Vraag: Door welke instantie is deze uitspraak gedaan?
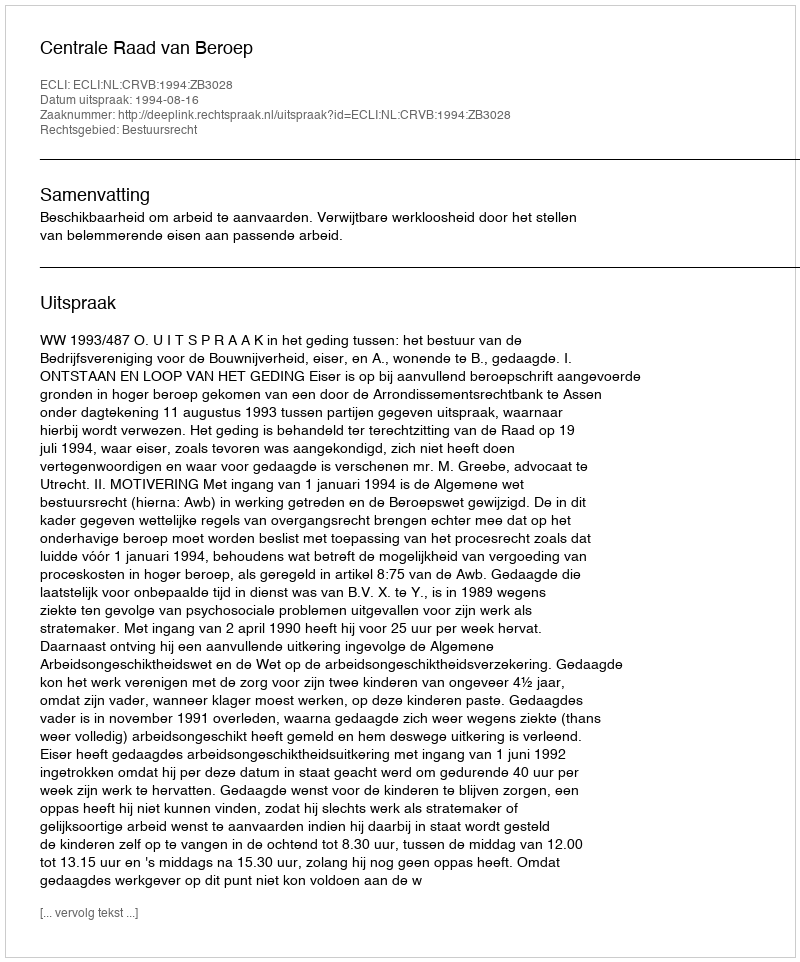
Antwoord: Centrale Raad van Beroep